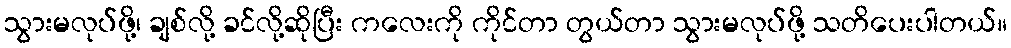
သွားမလုပ်ဖို့၊ ချစ်လို့ ခင်လို့ဆိုပြီး ကလေးကို ကိုင်တာ တွယ်တာ သွားမလုပ်ဖို့ သတိပေးပါတယ်။